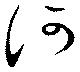
何